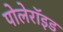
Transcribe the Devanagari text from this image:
पोलेरॉइड